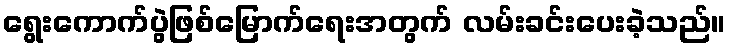
ရွေးကောက်ပွဲဖြစ်မြောက်ရေးအတွက် လမ်းခင်းပေးခဲ့သည်။